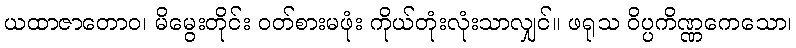
ယထာဇာတောဝ၊ မိမွေးတိုင်း ဝတ်စားမဖုံး ကိုယ်တုံးလုံးသာလျှင်။ ဖရုသ ဝိပ္ပကိဏ္ဏကေသော၊